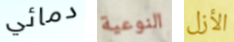
دمائي النوعية الأزل